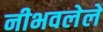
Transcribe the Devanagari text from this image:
नीभवलेले